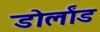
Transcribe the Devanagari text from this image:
डोर्लांड